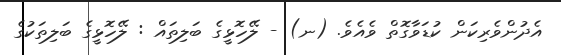
އެދުންވެރިކަން ކުޑަވާގޮތް ވެއެވެ. (ނ) - ލޭހޮޅީގެ ބަލިތައް : ލޭހޮޅީގެ ބަލިތަކުގެ